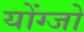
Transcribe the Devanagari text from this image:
योंग्जो